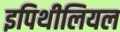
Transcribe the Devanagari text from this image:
इपिथीलियल